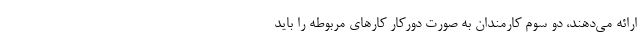
ارائه می‌دهند، دو سوم کارمندان به صورت دورکار کارهای مربوطه را باید